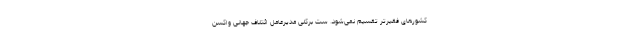
کشورهای فقیرتر تقسیم نمی‌شود. ست برکلی مدیرعامل ائتلاف جهانی واکسن